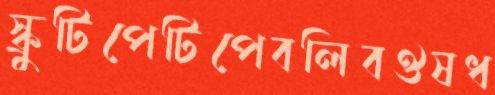
স্ক্রুটিপেটিপেবলিবঔষধ